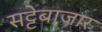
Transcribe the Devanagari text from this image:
सट्टेबाजार